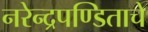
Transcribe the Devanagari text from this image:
नरेन्द्रपण्डिताचे